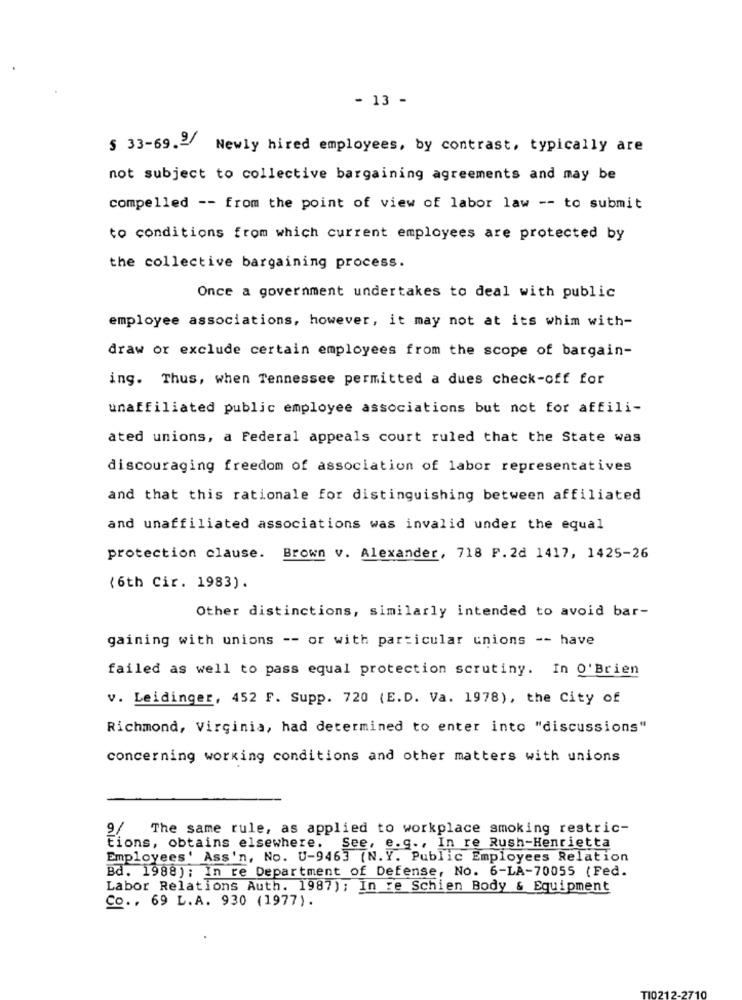
- 13 -
§ 33-69.Newly hired employees, by contrast, typically are
not subject to collective bargaining agreements and may be
compelled -- from the point of view of labor law -- to submit
to conditions from which current employees are protected by
the collective bargaining process.
Once a government undertakes to deal with public
employee associations, however, it may not at its whim with-
draw or exclude certain employees from the scope of bargain-
ing. Thus, when Tennessee permitted a dues check-off for
unaffiliated public employee associations but not for affili-
ated unions, a Federal appeals court ruled that the State was
discouraging freedom of association of labor representatives
and that this rationale for distinguishing between affiliated
and unaffiliated associations was invalid under the equal
protection clause.
Brown v. Alexander, 718 P. 2d 1417, 1425-26
(6th Cir. 1983).
Other distinctions, similarly intended to avoid bar-
gaining with unions -- or with particular unions -- have
failed as well to pass equal protection scrutiny. In O'Brien
v. Leidinger, 452 F. Supp. 720 (E.D. Va. 1978), the City of
Richmond, Virginia, had determined to enter into "discussions"
concerning working conditions and other matters with unions
9/
The same rule, as applied to workplace smoking restric-
tions, obtains elsewhere.
. See, e.g ., In re Rush-Henrietta
Employees' Ass'n, No. U-9463 (N.Y. Public Employees Relation
Bd. 1988); In re Department of Defense, No. 6-LA-70055 (Fed.
Labor Relations Auth. 1987); In re Schien Body & Equipment
Co ., 69 L.A. 930 (1977).
710